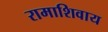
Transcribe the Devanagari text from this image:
रामाशिवाय